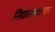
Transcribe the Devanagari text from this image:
निवासस्थानाचे